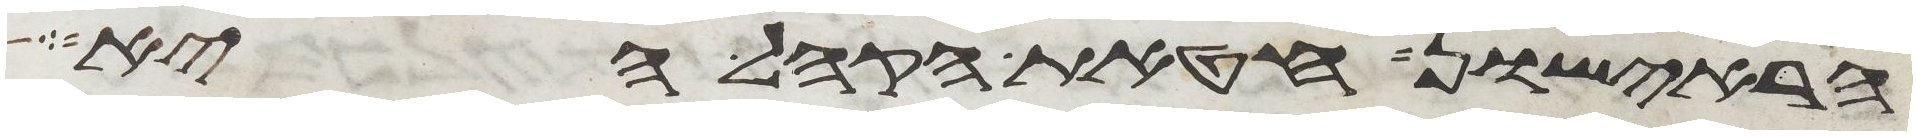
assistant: הראישון חטאת הקהל היא